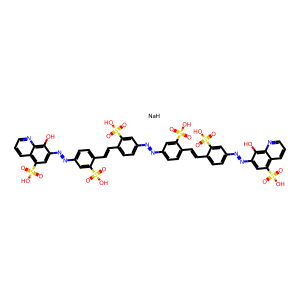
SMILES: O=S(=O)(O)c1cc(N=Nc2ccc(C=Cc3ccc(N=Nc4cc(S(=O)(=O)O)c5cccnc5c4O)cc3S(=O)(=O)O)c(S(=O)(=O)O)c2)ccc1C=Cc1ccc(N=Nc2cc(S(=O)(=O)O)c3cccnc3c2O)cc1S(=O)(=O)O.[NaH]
Inhibits HIV replication: Yes